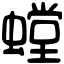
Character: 螳